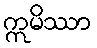
ဣမိဿာ